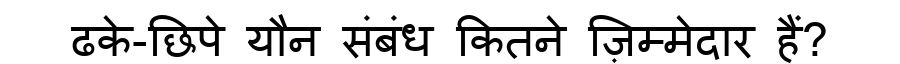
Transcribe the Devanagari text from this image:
ढके-छिपे यौन संबंध कितने ज़िम्मेदार हैं?